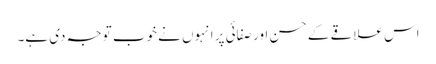
اس علاقے کے حسن اور صفائی پر انہوں نے خوب توجہ دی ہے۔